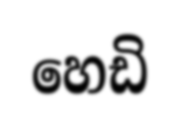
හෙඩි